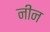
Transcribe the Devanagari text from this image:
नीन